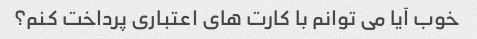
خوب آیا می توانم با کارت های اعتباری پرداخت کنم؟